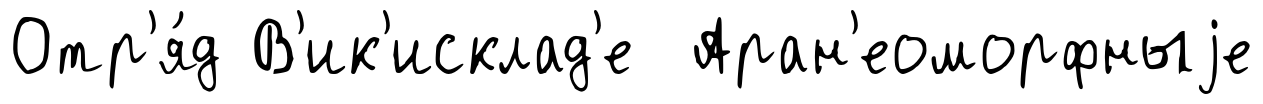
Отр'я́д В'ик'исклад'е Аран'еоморфныjе